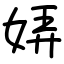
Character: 㛞